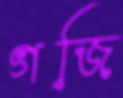
গজি